Civil Veterinary Dept. Bombay admin report 1907-1913 - 1907-1913
Year: 1907
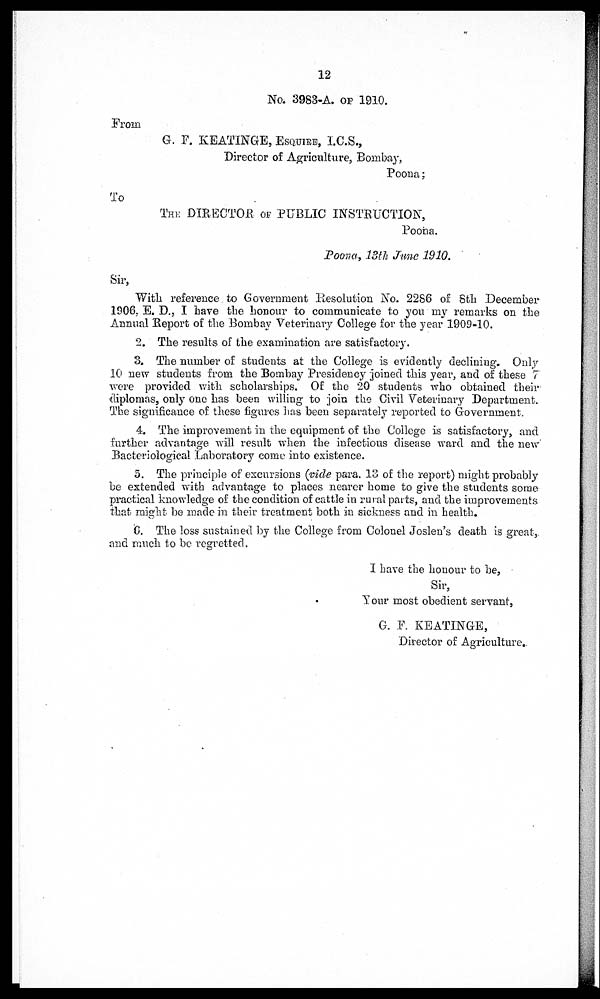
12
No. 3983-A. of 1910.
From
G. P. KEATINGE, ESQUIRS, I.C.S.,
Director of Agriculture, Bombay,
Poona;
To
ThE DIRECTOR of PUBLIC INSTRUCTION,
Poona.
Poona, 13th June 1910.
Sir,
With reference to Government Resolution No. 2286 of 8th December
1906, E. D., I have the honour to communicate to you my remarks on the
Annual Report of the Bombay Veterinary College for the year 1909-10.
2. The results of the examination are satisfactory.
3. The number of students at the College is evidently declining. Only
10 new students from the Bombay Presidency joined this year, and of these 7
were provided with scholarships. Of the 20 students who obtained their
diplomas, only one has been willing to join the Civil Veterinary Department.
The significance of these figures has been separately reported to Government.
4. The improvement in the equipment of the College is satisfactory, and
further advantage will result when the infectious disease ward and the new
Bacteriological Laboratory come into existence.
5. The principle of excursions (vide para. 13 of the report) might probably
be extended with advantage to places nearer home to give the students some
practical knowledge of the condition of cattle in rural parts, and the improvements
that might be made in their treatment both in sickness and in health.
6. The loss sustained by the College from Colonel Joslen's death is great,
and much to be regretted.
I have the honour to he,
Sir,
Your most obedient servant,
G. -F. KEATINGE,
Director of Agriculture.